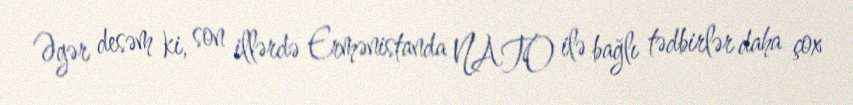
Əgər desəm ki, son illərdə Ermənistanda NATO ilə bağlı tədbirlər daha çox